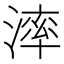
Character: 𣼧